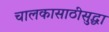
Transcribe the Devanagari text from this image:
चालकासाठीसुद्धा